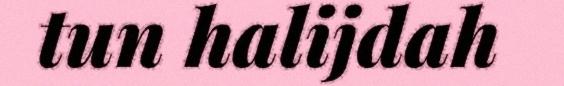
tun halijdah